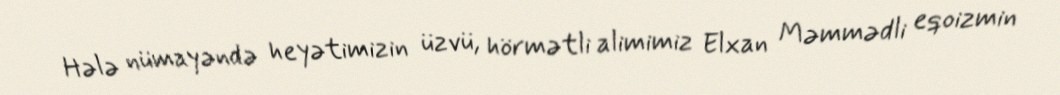
Hələ nümayəndə heyətimizin üzvü, hörmətli alimimiz Elxan Məmmədli eqoizmin